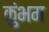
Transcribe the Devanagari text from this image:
कुंभम